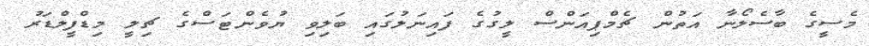
މެސީގެ ބާސެލޯނާ އަތުން ޗެމްޕިއަންސް ލީގުގެ ފައިނަލުގައި ބަލިވި ޔުވެންޓަސްގެ ޗިލީ މިޑްފީލްޑަރު